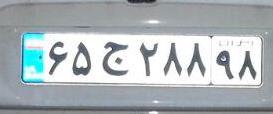
۶۵ج۲۸۸۹۸